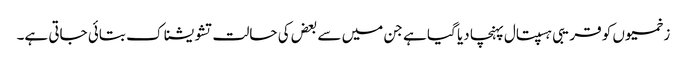
زخمیوں کو قریبی ہسپتال پہنچا دیا گیا ہے جن میں سے بعض کی حالت تشویشناک بتائی جاتی ہے۔